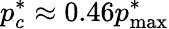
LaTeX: p_{c}^{*}\approx 0.46p_{\mathrm{max}}^{*}